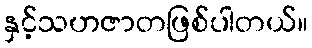
နှင့်သဟဇာတဖြစ်ပါတယ်။